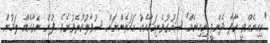
"ކިހިނެއްވީ ކާފާ. ދެންވީ ކިހިނެއް" ޝައުގުވެރިކަމާއެކު އަހަރެންނަށް ސުވާލުކުރެވުނެވެ. ފުން ނޭވާއެއް ލަމުން